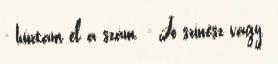
- húztam el a szám. - Jó színész vagy.